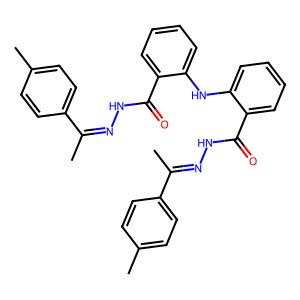
SMILES: CC(=NNC(=O)c1ccccc1Nc1ccccc1C(=O)NN=C(C)c1ccc(C)cc1)c1ccc(C)cc1
Inhibits HIV replication: No